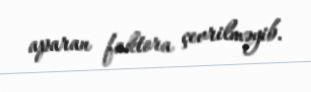
aparan faktora çevrilməyib.